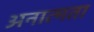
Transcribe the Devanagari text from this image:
अनात्मता